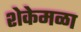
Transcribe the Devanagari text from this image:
शेकेमळा